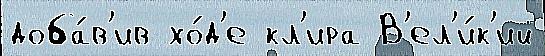
доба́в'ив хо́д'е кл'ира В'ел'и́к'ий